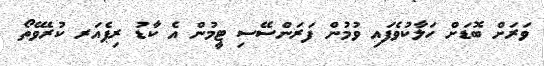
ވަރަށް ބޮޑަށް ހަލާކުވެފައި ވުމުން ފަރަންސޭސި ޓީމުން އެ ކާޑު ރިޕެއަރ ކުރެވޭތޯ